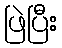
ဖြဲပြီး